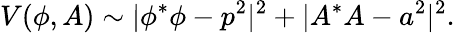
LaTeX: V(\phi,A)\sim|\phi^{*}\phi-p^{2}|^{2}+|A^{*}A-a^{2}|^{2}.